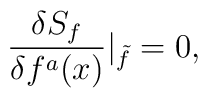
\frac{\delta S_{f}}{\delta f^{a}(x)}\vert_{\tilde{f}}=0,